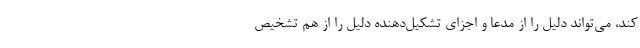
کند، می‌تواند دلیل را از مدعا و اجزای تشکیل‌دهنده دلیل را از هم تشخیص